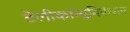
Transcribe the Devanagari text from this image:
टेलीकॉम्युनिकेशन